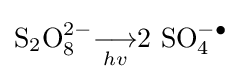
\mathrm {S} _{2}\mathrm {O} _{8}^{2-}{\underset {hv}{\longrightarrow }}2\ \mathrm {SO} _{4}^{-\bullet }